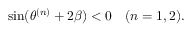
\sin ( \theta ^ { ( n ) } + 2 \beta ) < 0 \quad ( n = 1 , 2 ) .